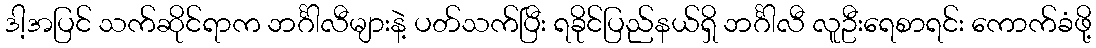
ဒါ့အပြင် သက်ဆိုင်ရာက ဘင်္ဂါလီများနဲ့ ပတ်သက်ပြီး ရခိုင်ပြည်နယ်ရှိ ဘင်္ဂါလီ လူဦးရေစာရင်း ကောက်ခံဖို့